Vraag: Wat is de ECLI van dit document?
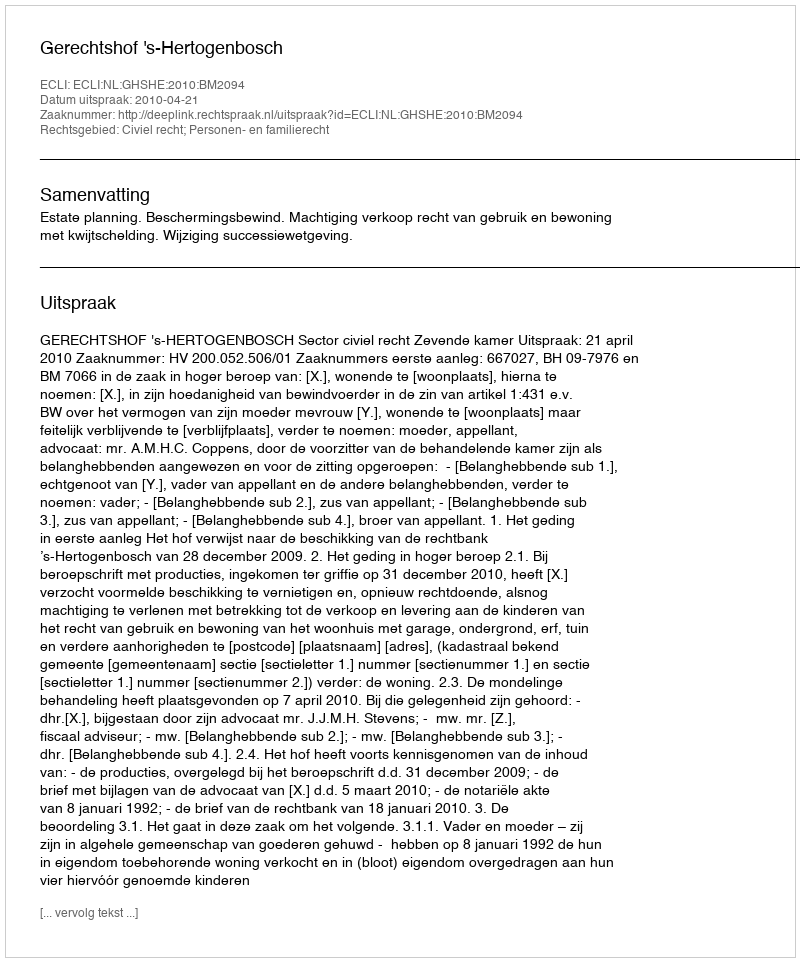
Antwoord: ECLI:NL:GHSHE:2010:BM2094